Malaria in India - Number 2
Disease focus: Malaria
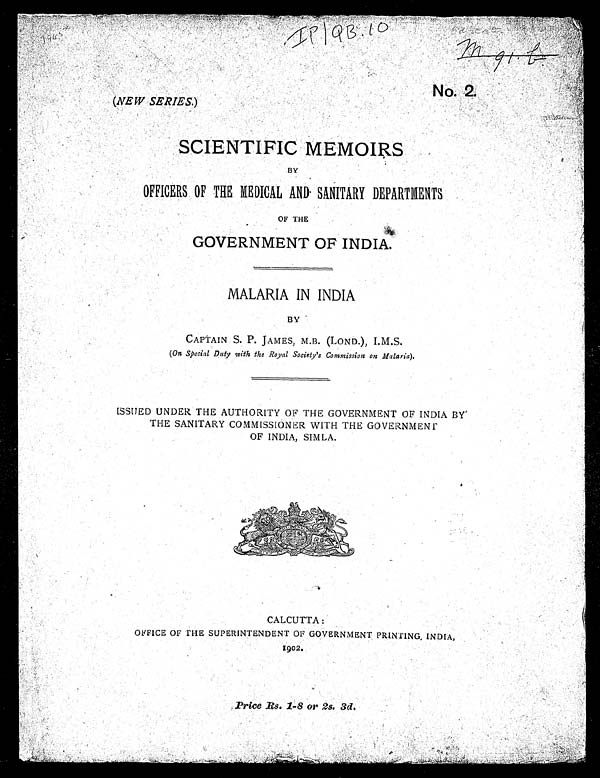
(NEW SERIES.)
No: 2.
SCIENTIFIC MEMOIRS
BY
OFFICERS OF THE MEDICAL AND SANITARY DEPARTMENTS
OF THE
GOVERNMENT OF INDIA.
MALARIA IN INDIA
BY
CAPTAIN S. P. JAMES, M.B. (LOND.), I.M.S.
(On Special Duty with the Royal Society's Commission on Malaria).
ISSUED UNDER THE AUTHORITY OF THE GOVERNMENT OF INDIA BY
THE SANITARY COMMISSIONER WITH THE GOVERNMENT
OF INDIA, SIMLA.
CALCUTTA :
OFFICE OF THE SUPERINTENDENT OF GOVERNMENT PRINTING, INDIA,
1902.
Price Rs. 1-8 or 2s. 3d.